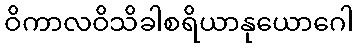
ဝိကာလဝိသိခါစရိယာနုယောဂေါ